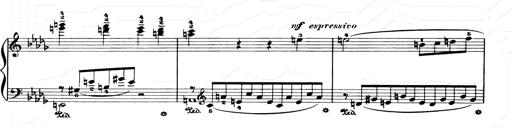
Title: Consolations and LiebestrÃ¤ume for the Piano
Composer: Franz Liszt